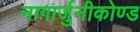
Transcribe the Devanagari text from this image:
नागार्जुनीकोण्ड